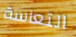
التعاسة